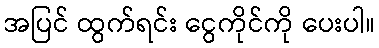
အပြင် ထွက်ရင်း ငွေကိုင်ကို ပေးပါ။